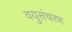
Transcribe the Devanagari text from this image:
वयुसंचरण